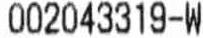
002043319-W